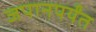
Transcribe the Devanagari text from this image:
जपानपर्यंत